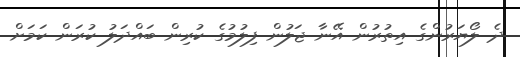
ދެ ލޯޔަރުންގެ އިތުރުން އޭނާ ޖަލުން ފިލުމުގެ ކުރިން ބައްދަލު ކުރަން ކަމަށް